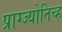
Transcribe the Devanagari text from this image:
प्राग्ज्योतिच्ह